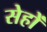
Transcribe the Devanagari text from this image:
सेहों